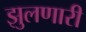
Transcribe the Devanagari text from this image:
झुलणारी